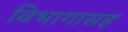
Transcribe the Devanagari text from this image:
विभागासह